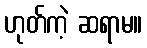
ဟုတ်ကဲ့ ဆရာမ။